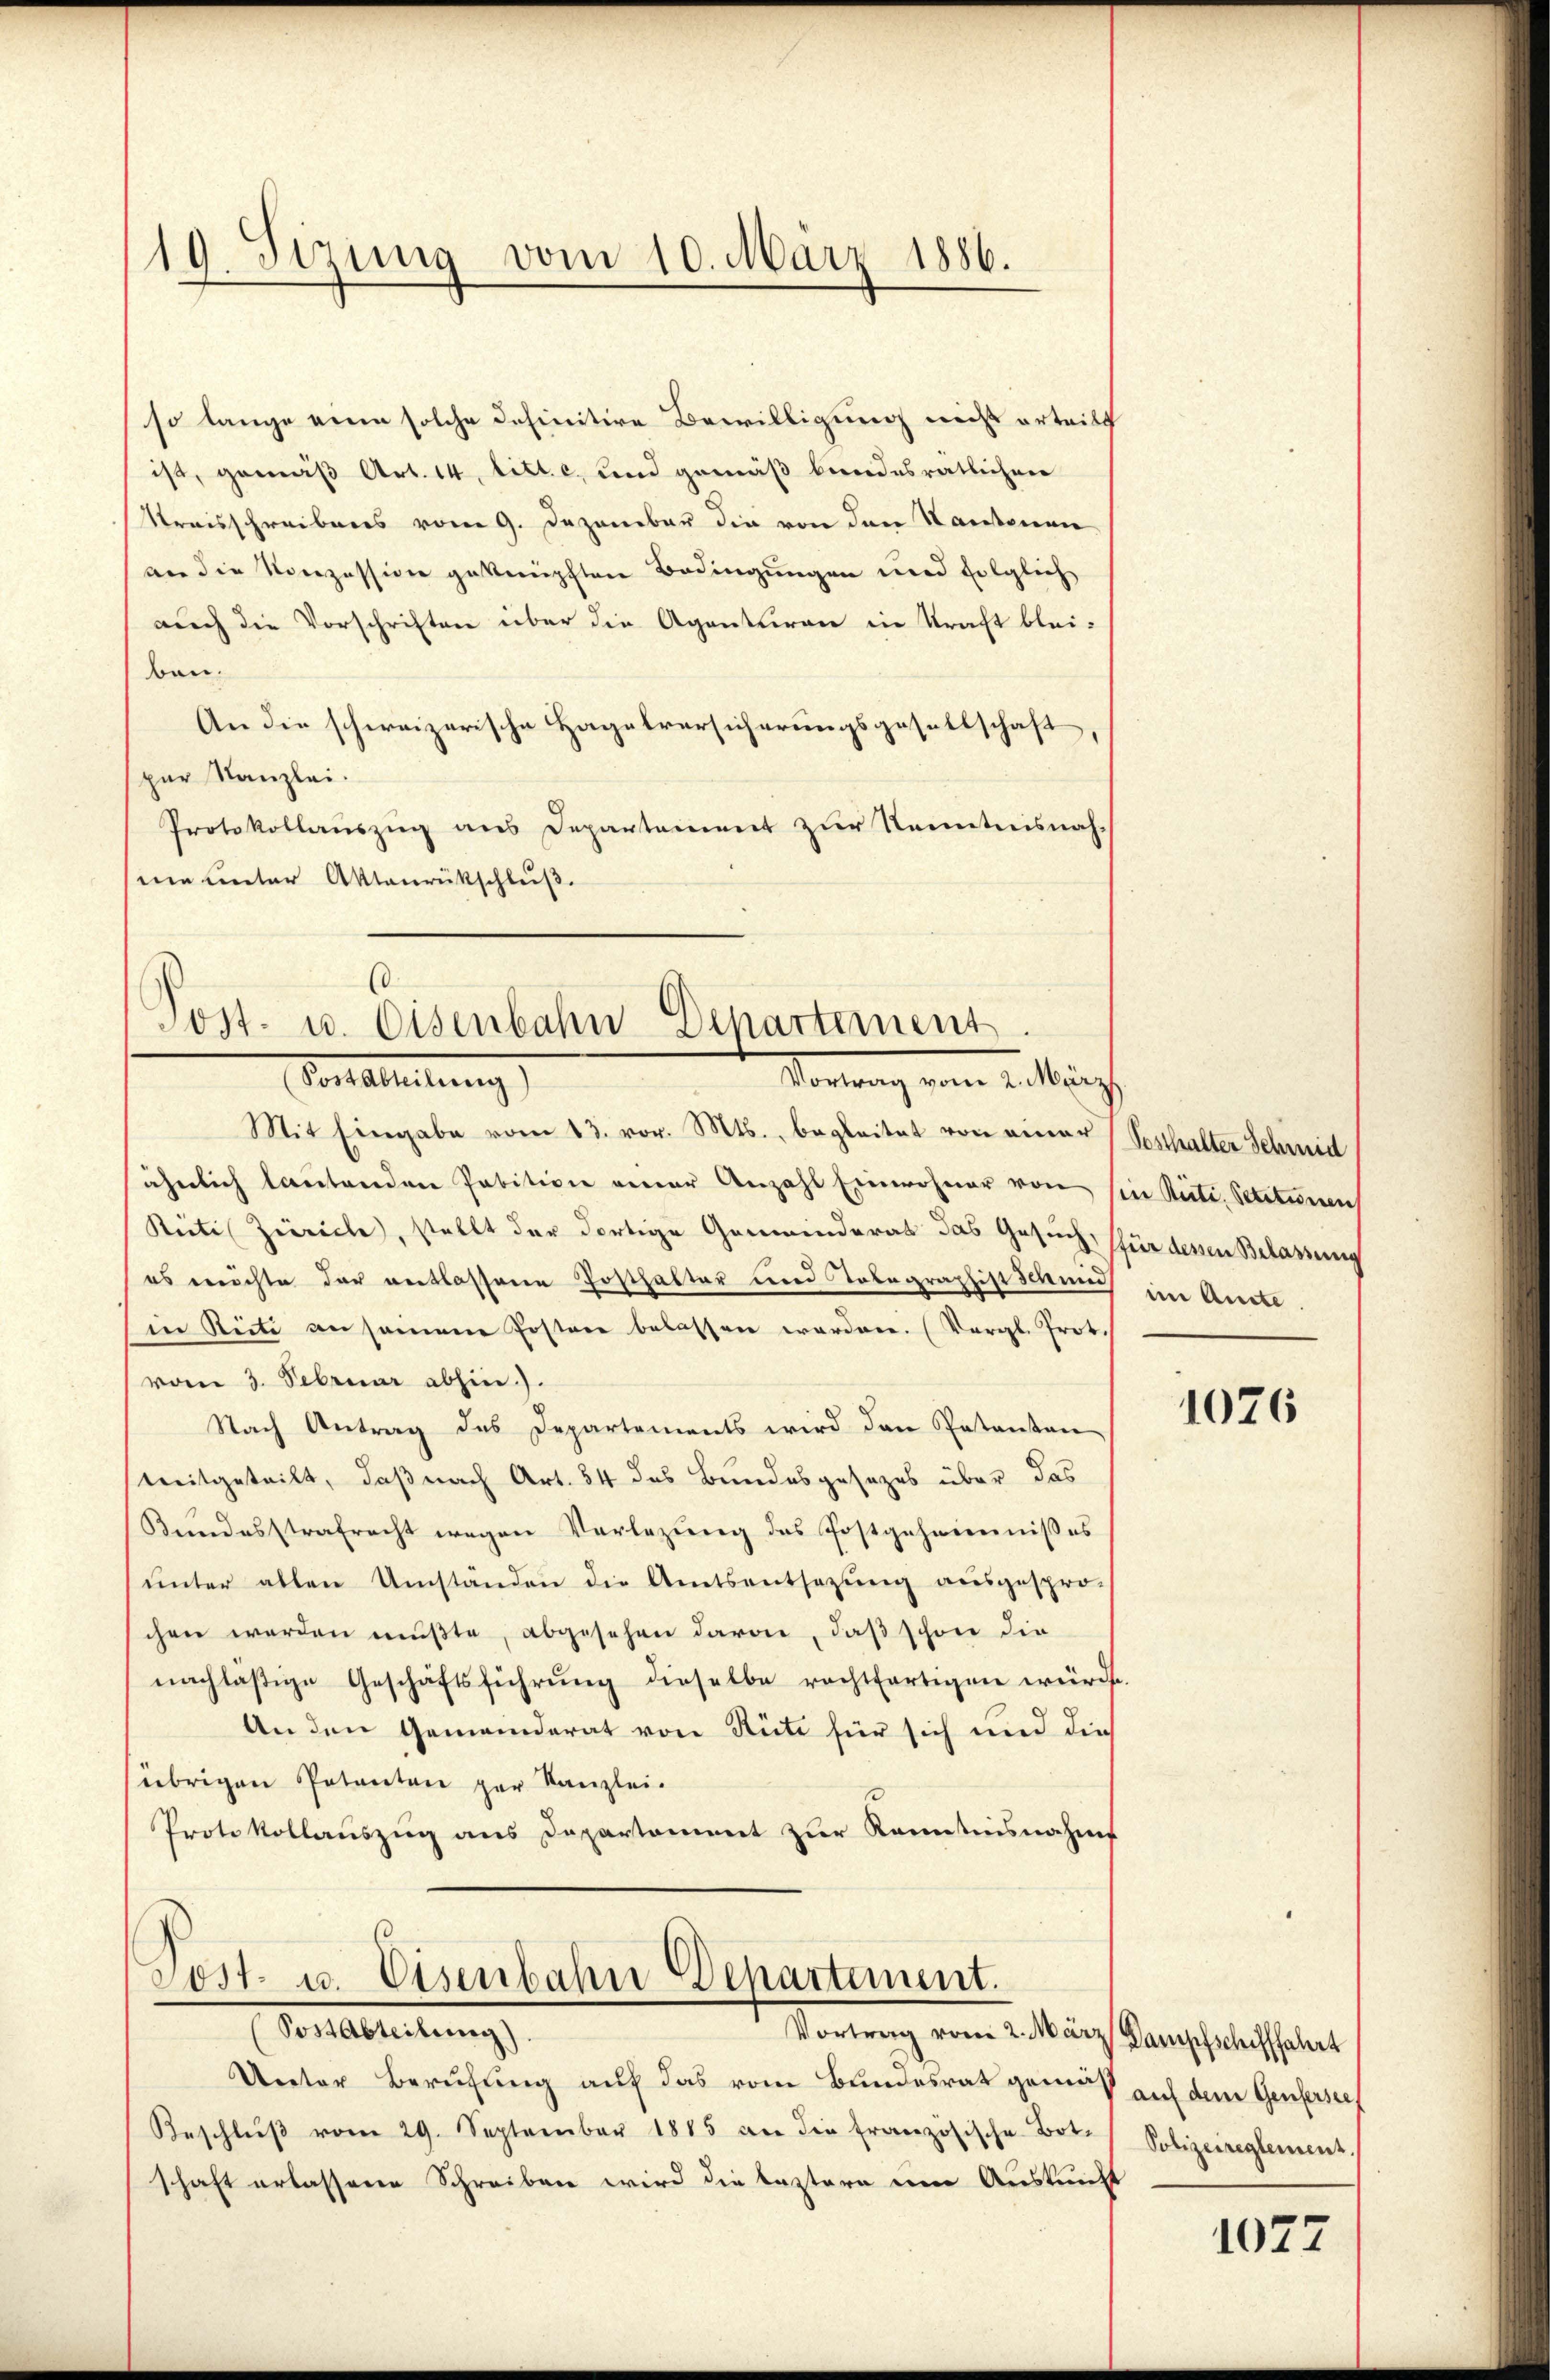
so lange eine solche definitive Bewilligung nicht erteilt
ist, gemäß Art. 14. litt. c, und gemäß bindesrätlicher
Streisschreibens vom 9. Dezember die von den Kantonen
an die Konzession geknüpften Bedingungen und folglich
auch die Vorschriften über die Agenturen in Kraft blei-
ben.
An die schweizerische Hagelversicherungsgesellschaft
zur Kanzlei.
Protokollaŭszŭg ans Departement zŭr Kenntnisnahnne unter Aktenrückschluß.

19. Sizung vom 10. März 1886.

.
Post- u. Eisenbahn Departement
Vorarleitung
Vorang von 1. Mag

Mit Eingabe vom 13. vor. Mts., begleitet von einer
ähnlich lautenden Pabitione einer Anzahl Einwohner von sie Reite. Petitionen
Rictis Zürich, stellt der dortige Gemeinderat das Gesuch, für denen Belassung
es möchte der entlassene Posthalter und Telegraphist schen im Amte.
in Rüti ansamene Posten belassen werden. (Vergl. Prot.
vom 3. Februar abhin).
Nach Antrag des Departements wird den Patanton
treitgeteilt, daß nach Art. 54 des Bundesgesezes über das
Bŭndesstrafrecht wegen Verlegŭng des Postgeheimnisses
ŭnter allen Umständen die Amtsentsetzŭng aŭsgespro-
chen werden mußte, abgesehen davon, daß schon die
nachlasige Geschäftsführŭng dieselbe rechtfertigen würde
An den Gemeinderat von Rüti für sich und die
(übrigen Petenten par Kanzlei.
Protokollauszug aus Departement zur Kenntnisnahms
Tost. 10. Eisenbahn Departement.
Fortberichtung
Vortrag vom 2. März Dampfschiffahrt
Unter Berufung auf das vom Bundesrat gemäß auf dem Genfersee,
Beschlŭβ vom 29. September 1815 an die französische Bot. Polizeireglemenz
schaft erlassene Schreiben wird die leztern um Auskunft

Posthalter Schmid

1076

1027